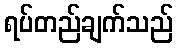
ရပ်တည်ချက်သည်